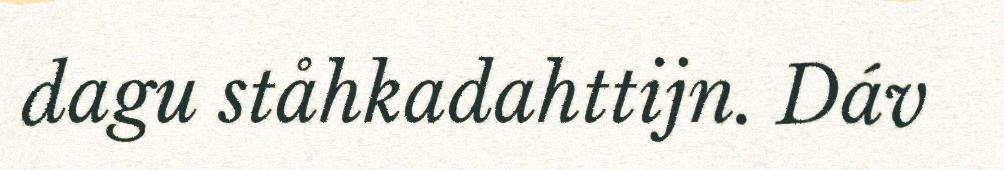
dagu ståhkadahttijn. Dáv